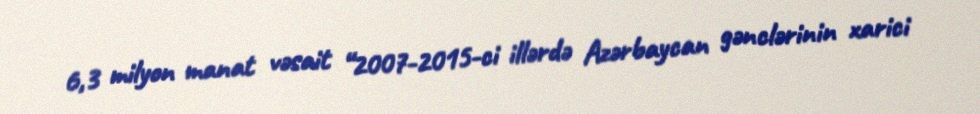
6,3 milyon manat vəsait “2007-2015-ci illərdə Azərbaycan gənclərinin xarici